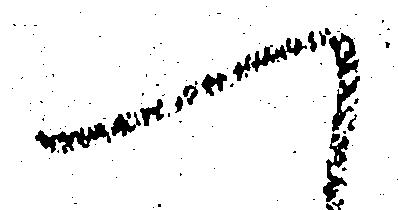
へ